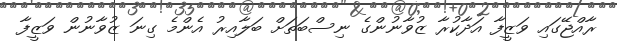
ރާއްޖޭގައި ވަޒީފާ އަދާކުރާ ޒުވާނުންގެ ނިސްބަތަށް ބަލާއިރު އެންމެ ގިނަ ޒުވާނުން ވަޒީފާ